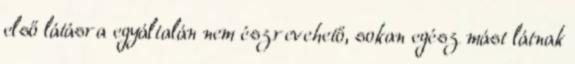
első látásra egyáltalán nem észrevehető, sokan egész mást látnak